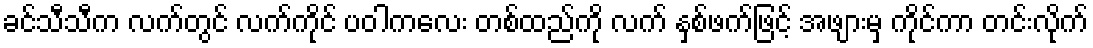
ခင်သီသီက လက်တွင် လက်ကိုင် ပဝါကလေး တစ်ထည်ကို လက် နှစ်ဖက်ဖြင့် အဖျားမှ ကိုင်ကာ တင်းလိုက်